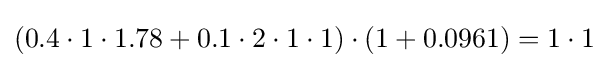
(0.4\cdot 1\cdot 1.78+0.1\cdot 2\cdot 1\cdot 1)\cdot (1+0.0961)=1\cdot 1